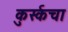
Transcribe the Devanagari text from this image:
कुर्स्कचा